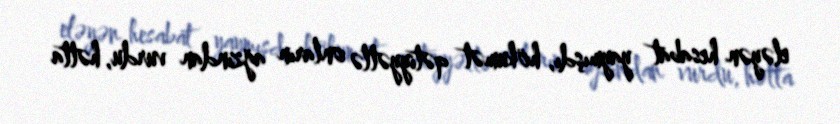
eləyən hesabat yaymışdı, hökumət qətiyyətlə onların ağzından vurdu, hətta